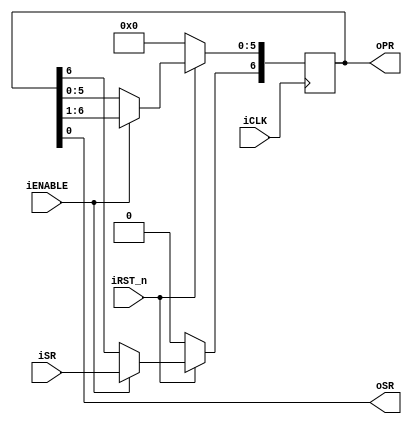
// -------------------------------------------------------------------------------------------------------------------------
// Universitat Politcnica de Valncia
// Escuela Tcnica Superior de Ingenieros de Telecomunicacin
// -------------------------------------------------------------------------------------------------------------------------
// Sistemas Digitales Programables
// Curso 2021 - 2022
// -------------------------------------------------------------------------------------------------------------------------
// Nombre del archivo: registro7.v
//
// Descripcin: Este cdigo Verilog implementa el regitstro de desplazamiento de 7 bits correspondiente a la subtarea 2 de la tarea 1.
// Sus funcionalidades son:
//      - RST_n, activo a nivel bajo, sincrono
//      - iCLK, Reloj activo por flanco de subida
//      - ENABLE
//      - iSR, entrada serie
//		- oPR, Salida paralela
//		- oSR, Salida serie
//
// -------------------------------------------------------------------------------------------------------------------------
//      Versin: V1.0                   | Fecha Modificacin: 27/10/2021
//
//      Autor: Jose Luis Rocabado Rocha
//		  Autor: Rafael Matevosyan
//
// -------------------------------------------------------------------------------------------------------------------------

module registro7 (iCLK, iRST_n, iENABLE, iSR, oPR, oSR);
	
	input iCLK, iRST_n, iENABLE, iSR;
	output wire [6:0] oPR;
	output wire oSR;
	reg [6:0] x;		//Variable auxiliar para conectar las salidas a un valor fijo
 	
	always @ (posedge iCLK)
		begin
			if ( !iRST_n )
				begin
					x <= 0;
				end							
			else if ( iENABLE )
				begin
					x[6] <= iSR;			//Asignacion de la entrada al ultimo bit
					x[5:0] <= oPR[6:1]; 	//Desplazamiento del registro
				end
		end
		
		assign oPR[6:0] = x[6:0];
		assign oSR = x[0];
		
endmodule